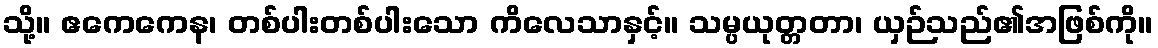
သို့။ ဧကေကေန၊ တစ်ပါးတစ်ပါးသော ကိလေသာနှင့်။ သမ္ပယုတ္တတာ၊ ယှဉ်သည်၏အဖြစ်ကို။